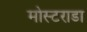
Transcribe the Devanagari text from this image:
मोस्टराडा